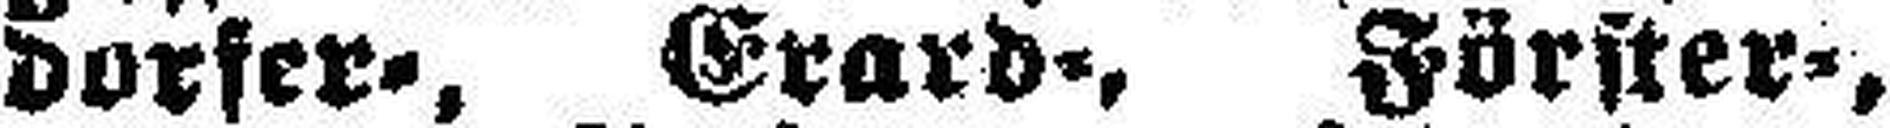
dorfer=, Erard=, Förster=,